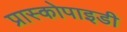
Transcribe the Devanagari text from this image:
प्रास्कोपाइडी